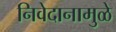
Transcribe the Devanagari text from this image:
निवेदानामुळे